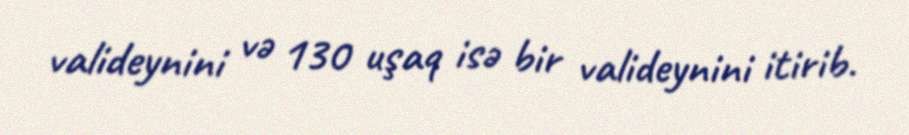
valideynini və 130 uşaq isə bir valideynini itirib.